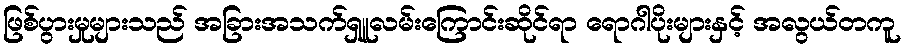
ဖြစ်ပွားမှုများသည် အခြားအသက်ရှူလမ်းကြောင်းဆိုင်ရာ ရောဂါပိုးများနှင့် အလွယ်တကူ